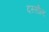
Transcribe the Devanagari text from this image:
दस्सौल्ट